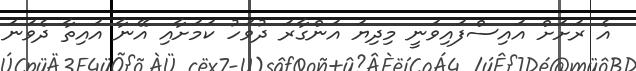
އެ ރަށަށް އައިސްފައިވަނީ މިދިޔަ އަންގާރަ ދުވަހު ކަމަށާއި އޭނާ އައިތާ ދެވަނަ